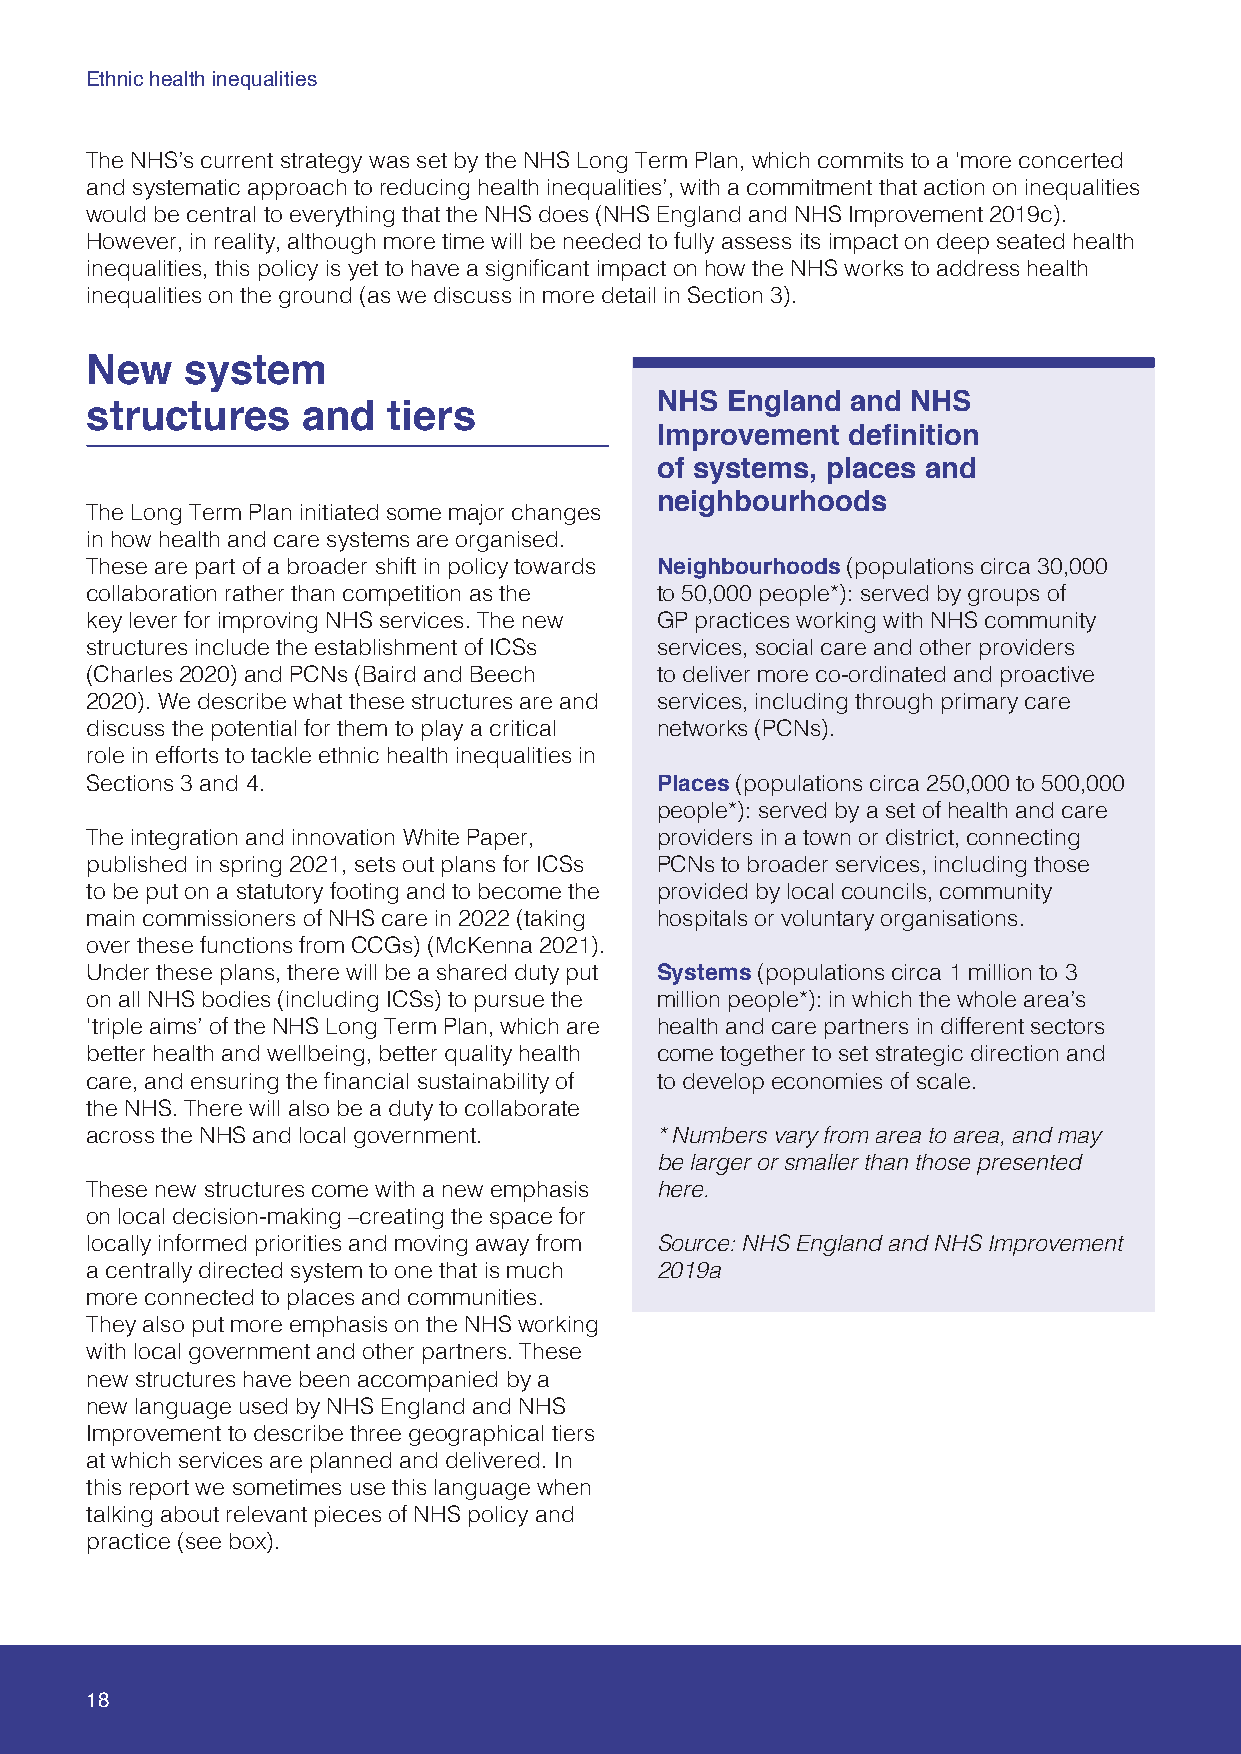
Ethnic health inequalities
 The NHS’s current strategy was set by the NHS Long Term Plan, which commits to a ‘more concerted
 and systematic approach to reducing health inequalities’, with a commitment that action on inequalities
 would be central to everything that the NHS does (NHS England and NHS Improvement 2019c).
 However, in reality, although more time will be needed to fully assess its impact on deep seated health
 inequalities, this policy is yet to have a significant impact on how the NHS works to address health
 inequalities on the ground (as we discuss in more detail in Section 3).
 New   system
 NHS  England and NHS
 structures    and   tiers
 Improvement  definition
 of systems, places and
 neighbourhoods
 The Long Term Plan initiated some major changes
 in how health and care systems are organised.
 These are part of a broader shift in policy towards Neighbourhoods (populations circa 30,000
 collaboration rather than competition as the to 50,000 people*): served by groups of
 key lever for improving NHS services. The new GP practices working with NHS community
 structures include the establishment of ICSs services, social care and other providers
 (Charles 2020) and PCNs (Baird and Beech to deliver more co-ordinated and proactive
 2020). We describe what these structures are and services, including through primary care
 discuss the potential for them to play a critical networks (PCNs).
 role in efforts to tackle ethnic health inequalities in
 Sections 3 and 4.                    Places (populations circa 250,000 to 500,000
 people*): served by a set of health and care
 The integration and innovation White Paper, providers in a town or district, connecting
 published in spring 2021, sets out plans for ICSs PCNs to broader services, including those
 to be put on a statutory footing and to become the provided by local councils, community
 main commissioners of NHS care in 2022 (taking hospitals or voluntary organisations.
 over these functions from CCGs) (McKenna 2021).
 Under these plans, there will be a shared duty put Systems (populations circa 1 million to 3
 on all NHS bodies (including ICSs) to pursue the million people*): in which the whole area’s
 ‘triple aims’ of the NHS Long Term Plan, which are health and care partners in different sectors
 better health and wellbeing, better quality health come together to set strategic direction and
 care, and ensuring the financial sustainability of to develop economies of scale.
 the NHS. There will also be a duty to collaborate
 across the NHS and local government. * Numbers vary from area to area, and may
 be larger or smaller than those presented
 These new structures come with a new emphasis here.
 on local decision-making –creating the space for
 locally informed priorities and moving away from Source: NHS England and NHS Improvement
 a centrally directed system to one that is much 2019a
 more connected to places and communities.
 They also put more emphasis on the NHS working
 with local government and other partners. These
 new structures have been accompanied by a
 new language used by NHS England and NHS
 Improvement to describe three geographical tiers
 at which services are planned and delivered. In
 this report we sometimes use this language when
 talking about relevant pieces of NHS policy and
 practice (see box).
 18